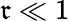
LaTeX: \mathfrak{r}\ll1